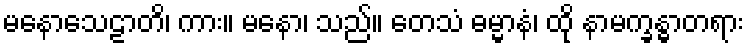
မနောသေဠာတိ၊ ကား။ မနော၊ သည်။ တေသံ ဓမ္မာနံ၊ ထို နာမက္ခန္ဓာတရား